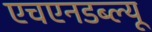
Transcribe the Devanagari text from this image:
एचएनडब्ल्यू